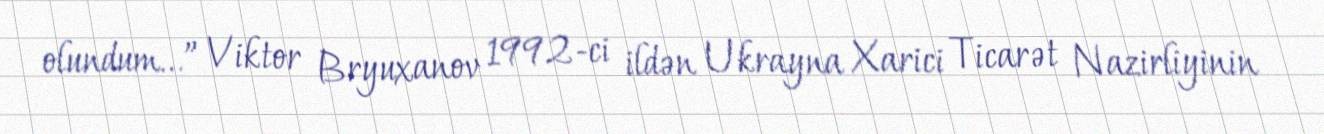
olundum...” Viktor Bryuxanov 1992-ci ildən Ukrayna Xarici Ticarət Nazirliyinin